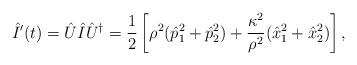
LaTeX: \begin{align*} \hat I'(t)=\hat U \hat I\hat U^\dag= \frac{1}{2}\left[\rho^2(\hat p_1^2+\hat p_2^2)+\frac{\kappa^2}{\rho^2}(\hat x_1^2+\hat x_2^2)\right],\end{align*}